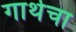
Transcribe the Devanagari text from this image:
गाथेचा